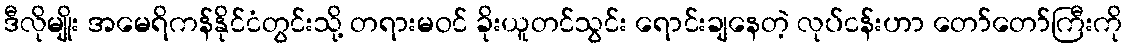
ဒီလိုမျိုး အမေရိကန်နိုင်ငံတွင်းသို့ တရားမဝင် ခိုးယူတင်သွင်း ရောင်းချနေတဲ့ လုပ်ငန်းဟာ တော်တော်ကြီးကို